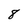
Character: 8